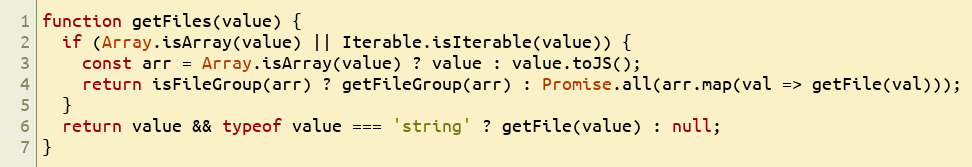
Language: JavaScript
function getFiles(value) {
  if (Array.isArray(value) || Iterable.isIterable(value)) {
    const arr = Array.isArray(value) ? value : value.toJS();
    return isFileGroup(arr) ? getFileGroup(arr) : Promise.all(arr.map(val => getFile(val)));
  }
  return value && typeof value === 'string' ? getFile(value) : null;
}